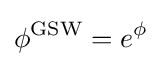
\phi ^{\text{GSW}}=e^{\phi }